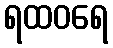
ရထဝရေ